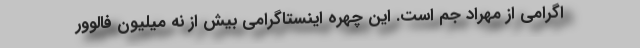
اگرامی از مهراد جم است. این چهره اینستاگرامی بیش از نه میلیون فالوور